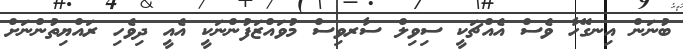
ބުނަން އިނގޭހާ ވެސް އެއްޗަކީ ސިވިލް ސާރވިސް މުވައްޒަފުންނަކީ އެއީ ދިވެހި ރައްޔިތުންނަށް